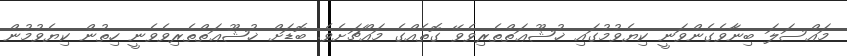
މައްސަލަ ބިނާވެގެންވަނީ ކިޔެވުމުގައި ޚުޝޫޢަތްތެރިވެވޭ ގޮތެއްގެ މައްޗަށެވެ. ބޮޑަށް ޚުޝޫޢަތްތެރިވެވެނީ ހިތުން ކިޔެވުމުން